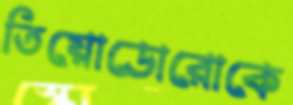
তিয়োডোরোকে